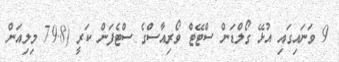
9 ވަނައިގައި އުޅޭ ގޯލްޑަން ސްޓޭޓް ވޯރިއާސްގެ ސްޓެފަން ކަރީ (79.8 މިލިއަން